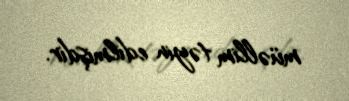
müəllim təyin edilmişdir.